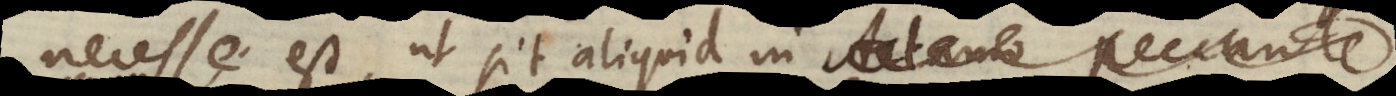
necesse est, ut sit aliquid in Adamo peccante